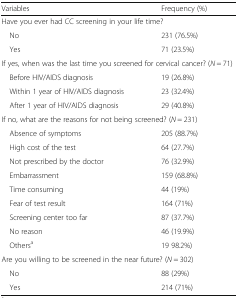
| Variables | Frequency (%) |
 | --- | --- |
 | <COLSPAN=2> Have you ever had CC screening in your life time? |
 | No | 231 (76.5%) |
 | Yes | 71 (23.5%) |
 | <COLSPAN=2> If yes, when was the last time you screened for cervical cancer? (N = 71) |
 | Before HIV/AIDS diagnosis | 19 (26.8%) |
 | Within 1 year of HIV/AIDS diagnosis | 23 (32.4%) |
 | After 1 year of HIV/AIDS diagnosis | 29 (40.8%) |
 | <COLSPAN=2> If no, what are the reasons for not being screened? (N = 231) |
 | Absence of symptoms | 205 (88.7%) |
 | High cost of the test | 64 (27.7%) |
 | Not prescribed by the doctor | 76 (32.9%) |
 | Embarrassment | 159 (68.8%) |
 | Time consuming | 44 (19%) |
 | Fear of test result | 164 (71%) |
 | Screening center too far | 87 (37.7%) |
 | No reason | 46 (19.9%) |
 | Othersa | 19 98.2%) |
 | <COLSPAN=2> Are you willing to be screened in the near future? (N = 302) |
 | No | 88 (29%) |
 | Yes | 214 (71%) |